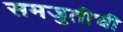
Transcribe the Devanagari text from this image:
समजुतीची